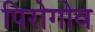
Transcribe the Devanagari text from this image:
पिरोगोव